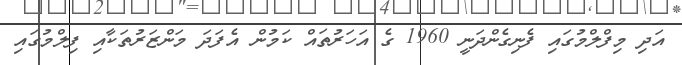
އަދި މިފްލްމުގައި ފެނިގެންދަނީ 1960 ގެ އަހަރުތައް ކަމުން އެފަދަ މަންޒަރުތަކާއި ފިލްމުގައި